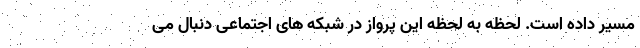
مسیر داده است. لحظه به لحظه این پرواز در شبکه های اجتماعی دنبال می